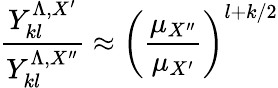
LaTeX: \frac{Y_{kl}^{\Lambda,X^{\prime}}}{Y_{kl}^{\Lambda,X^{\prime\prime}}}\approx\bigg(\frac{\mu_{X^{\prime\prime}}}{\mu_{X^{\prime}}}\bigg)^{l+k/2}